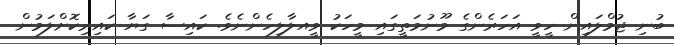
ބުނި ޖުމްލައިން ހީވީ އަހަރެންގެ މޫނުމަތީގައި މީހަކު ވީއލާލިހެންނެވެ. ކައިސާ ގަޔާ ކައިރިކޮށްލަމުން